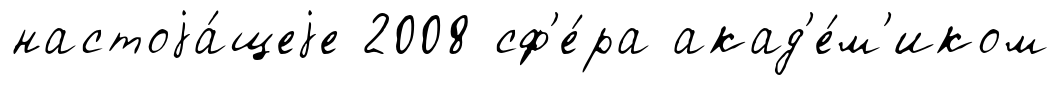
настоjа́щеjе 2008 сф'е́ра акад'е́м'иком